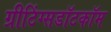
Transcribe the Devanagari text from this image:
ग्रीटिंग्सडॉटकॉम